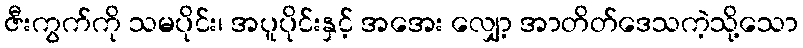
ဇီးကွက်ကို သမပိုင်း၊ အပူပိုင်းနှင့် အအေး လျှော့ အာတိတ်ဒေသကဲ့သို့သော